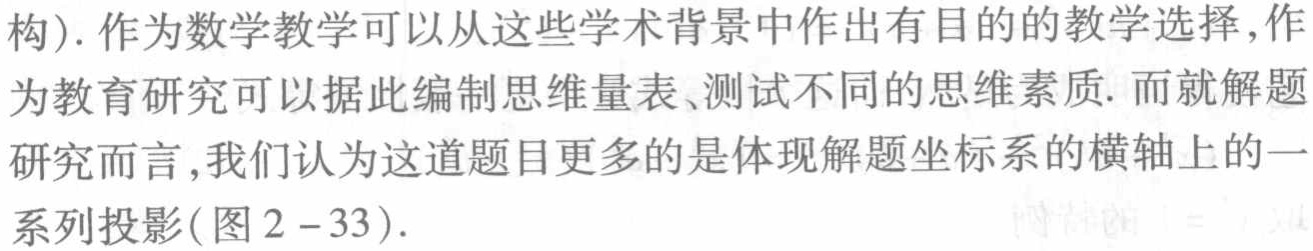
构). 作为数学教学可以从这些学术背景中作出有目的的教学选择, 作为教育研究可以据此编制思维量表、测试不同的思维素质. 而就解题研究而言, 我们认为这道题目更多的是体现解题坐标系的横轴上的一系列投影(图2 - 33).